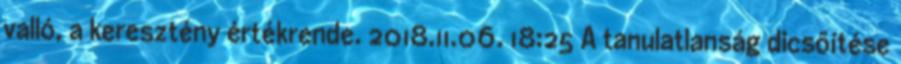
valló, a keresztény értékrende. 2018.11.06. 18:25 A tanulatlanság dicsőítése